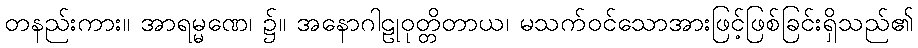
တနည်းကား။ အာရမ္မဏေ၊ ၌။ အနောဂါဠုဝုတ္တိတာယ၊ မသက်ဝင်သောအားဖြင့်ဖြစ်ခြင်းရှိသည်၏